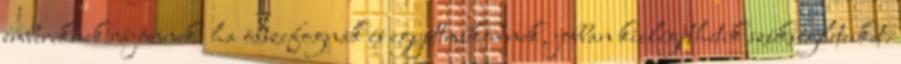
embereknek rájönnek, ha összefognak és együttműködnek, jobban kielégíthetik szükségleteiket.